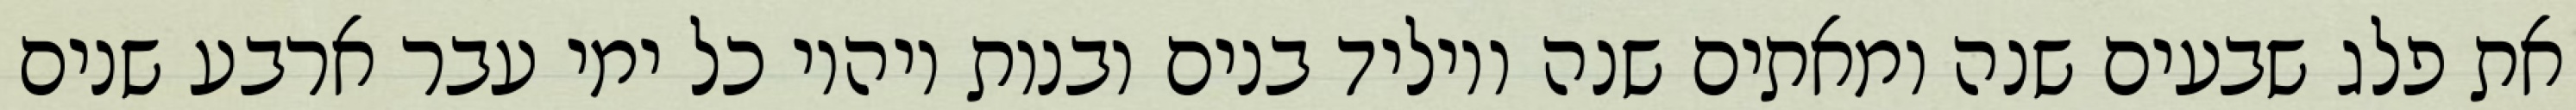
את פלג שבעים שנה ומאתים שנה ויוליד בנים ובנות ויהיו כל ימי עבר ארבע שנים